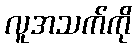
လူအသက်ကို